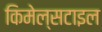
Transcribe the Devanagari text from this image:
किमेल्सटाइल